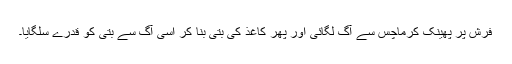
فرش پر پھینک کرماچس سے آگ لگائی اور پھر کاغذ کی بتّی بنا کر اسی آگ سے بتی کو قدرے سلگایا۔